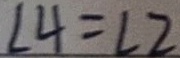
\angle 4 = \angle 2